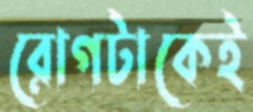
রোগটাকেই